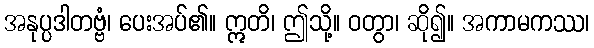
အနုပ္ပဒါတဗ္ဗံ၊ ပေးအပ်၏။ ဣတိ၊ ဤသို့။ ဝတွာ၊ ဆို၍။ အကာမကဿ၊